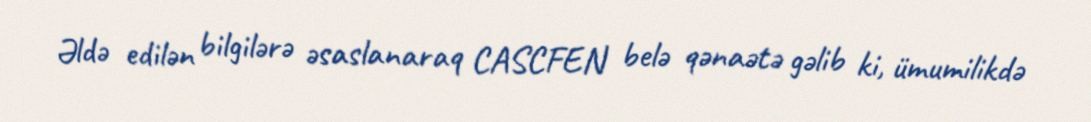
Əldə edilən bilgilərə əsaslanaraq CASCFEN belə qənaətə gəlib ki, ümumilikdə